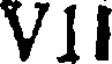
V1I